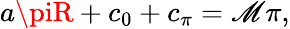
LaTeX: a\piR+c_{0}+c_{\pi}=\mathscr{M}\pi,